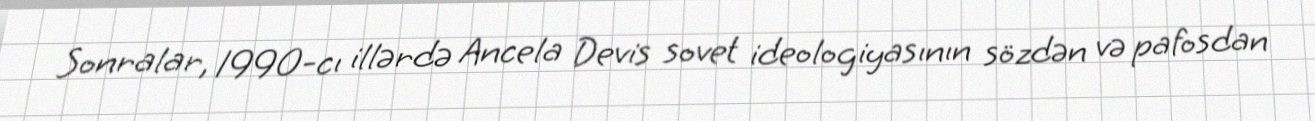
Sonralar, 1990-cı illərdə Ancela Devis sovet ideologiyasının sözdən və pafosdan